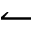
\leftharpoonup